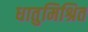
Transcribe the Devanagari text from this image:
धातुमिश्रित